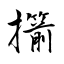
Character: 擶